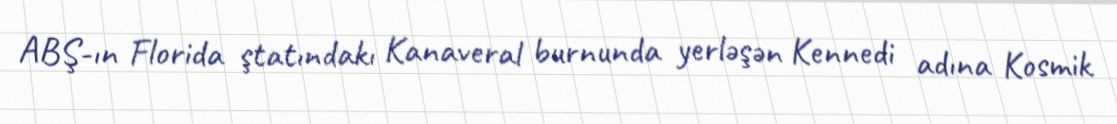
ABŞ-ın Florida ştatındakı Kanaveral burnunda yerləşən Kennedi adına Kosmik